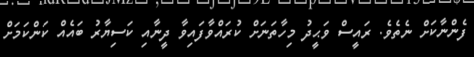
ފެންނާކަށް ނެތެވެ. ރައީސް ވަޙީދު މިހާތަނަށް ކުރައްވާފައިވާ ދީނާއި ކަސިޔާރު ބައެއް ކަންކަމަށް